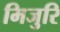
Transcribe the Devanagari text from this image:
मिजुरि